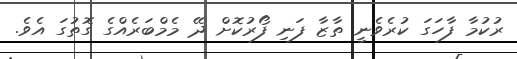
ރުކުމާ ފާހަގަ ކުރެވެނީ ތާޒާ ފަނި ފޯރުކޮށް ދޭ މެމްބަރެއްގެ ގޮތުގަ އެވެ.